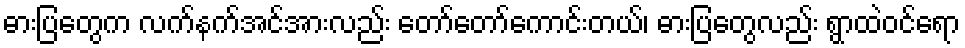
ဓားပြတွေက လက်နက်အင်အားလည်း တော်တော်ကောင်းတယ်၊ ဓားပြတွေလည်း ရွာထဲဝင်ရော